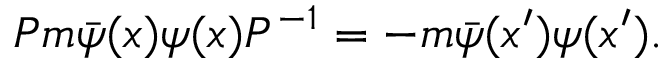
{ \cal { P } } m \bar { \psi } ( x ) \psi ( x ) { \cal { P } } ^ { - 1 } = - m \bar { \psi } ( x ^ { \prime } ) \psi ( x ^ { \prime } ) .